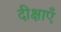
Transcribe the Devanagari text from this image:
दीक्षाएँ